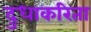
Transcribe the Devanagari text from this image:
दुधाकरिता